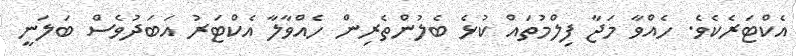
އެކްޓަރެކެވެ. ހެއްވާ މަޖާ ފިލްމުތައް ކުޅެ ބެލުންތެރިން ހެއްވާލާ އެކްޓަރު އަބަދުވެސް ބަލަނީ